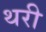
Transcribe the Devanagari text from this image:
थरी